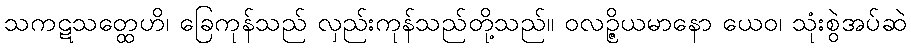
သကဋသတ္ထေဟိ၊ ခြေကုန်သည် လှည်းကုန်သည်တို့သည်။ ဝလဉ္ဇိယမာနော ယေဝ၊ သုံးစွဲအပ်ဆဲ